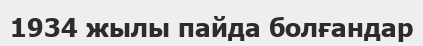
1934 жылы пайда болғандар